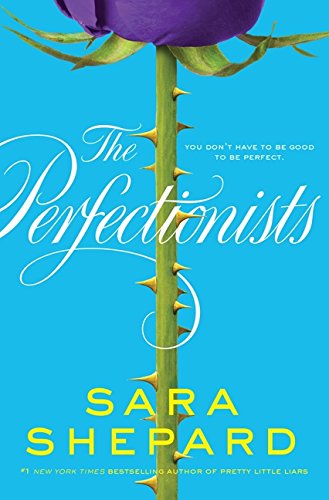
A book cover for The Perfectionists; Sara Shepard; Teen & Young Adult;